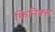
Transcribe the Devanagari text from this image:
फिनिक्‍स